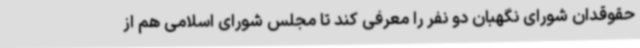
حقوقدان شورای نگهبان دو نفر را معرفی کند تا مجلس شورای اسلامی هم از